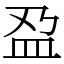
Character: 𫞯